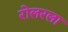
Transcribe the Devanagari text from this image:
रोलरला